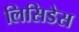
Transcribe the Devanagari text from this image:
लिसिडेस